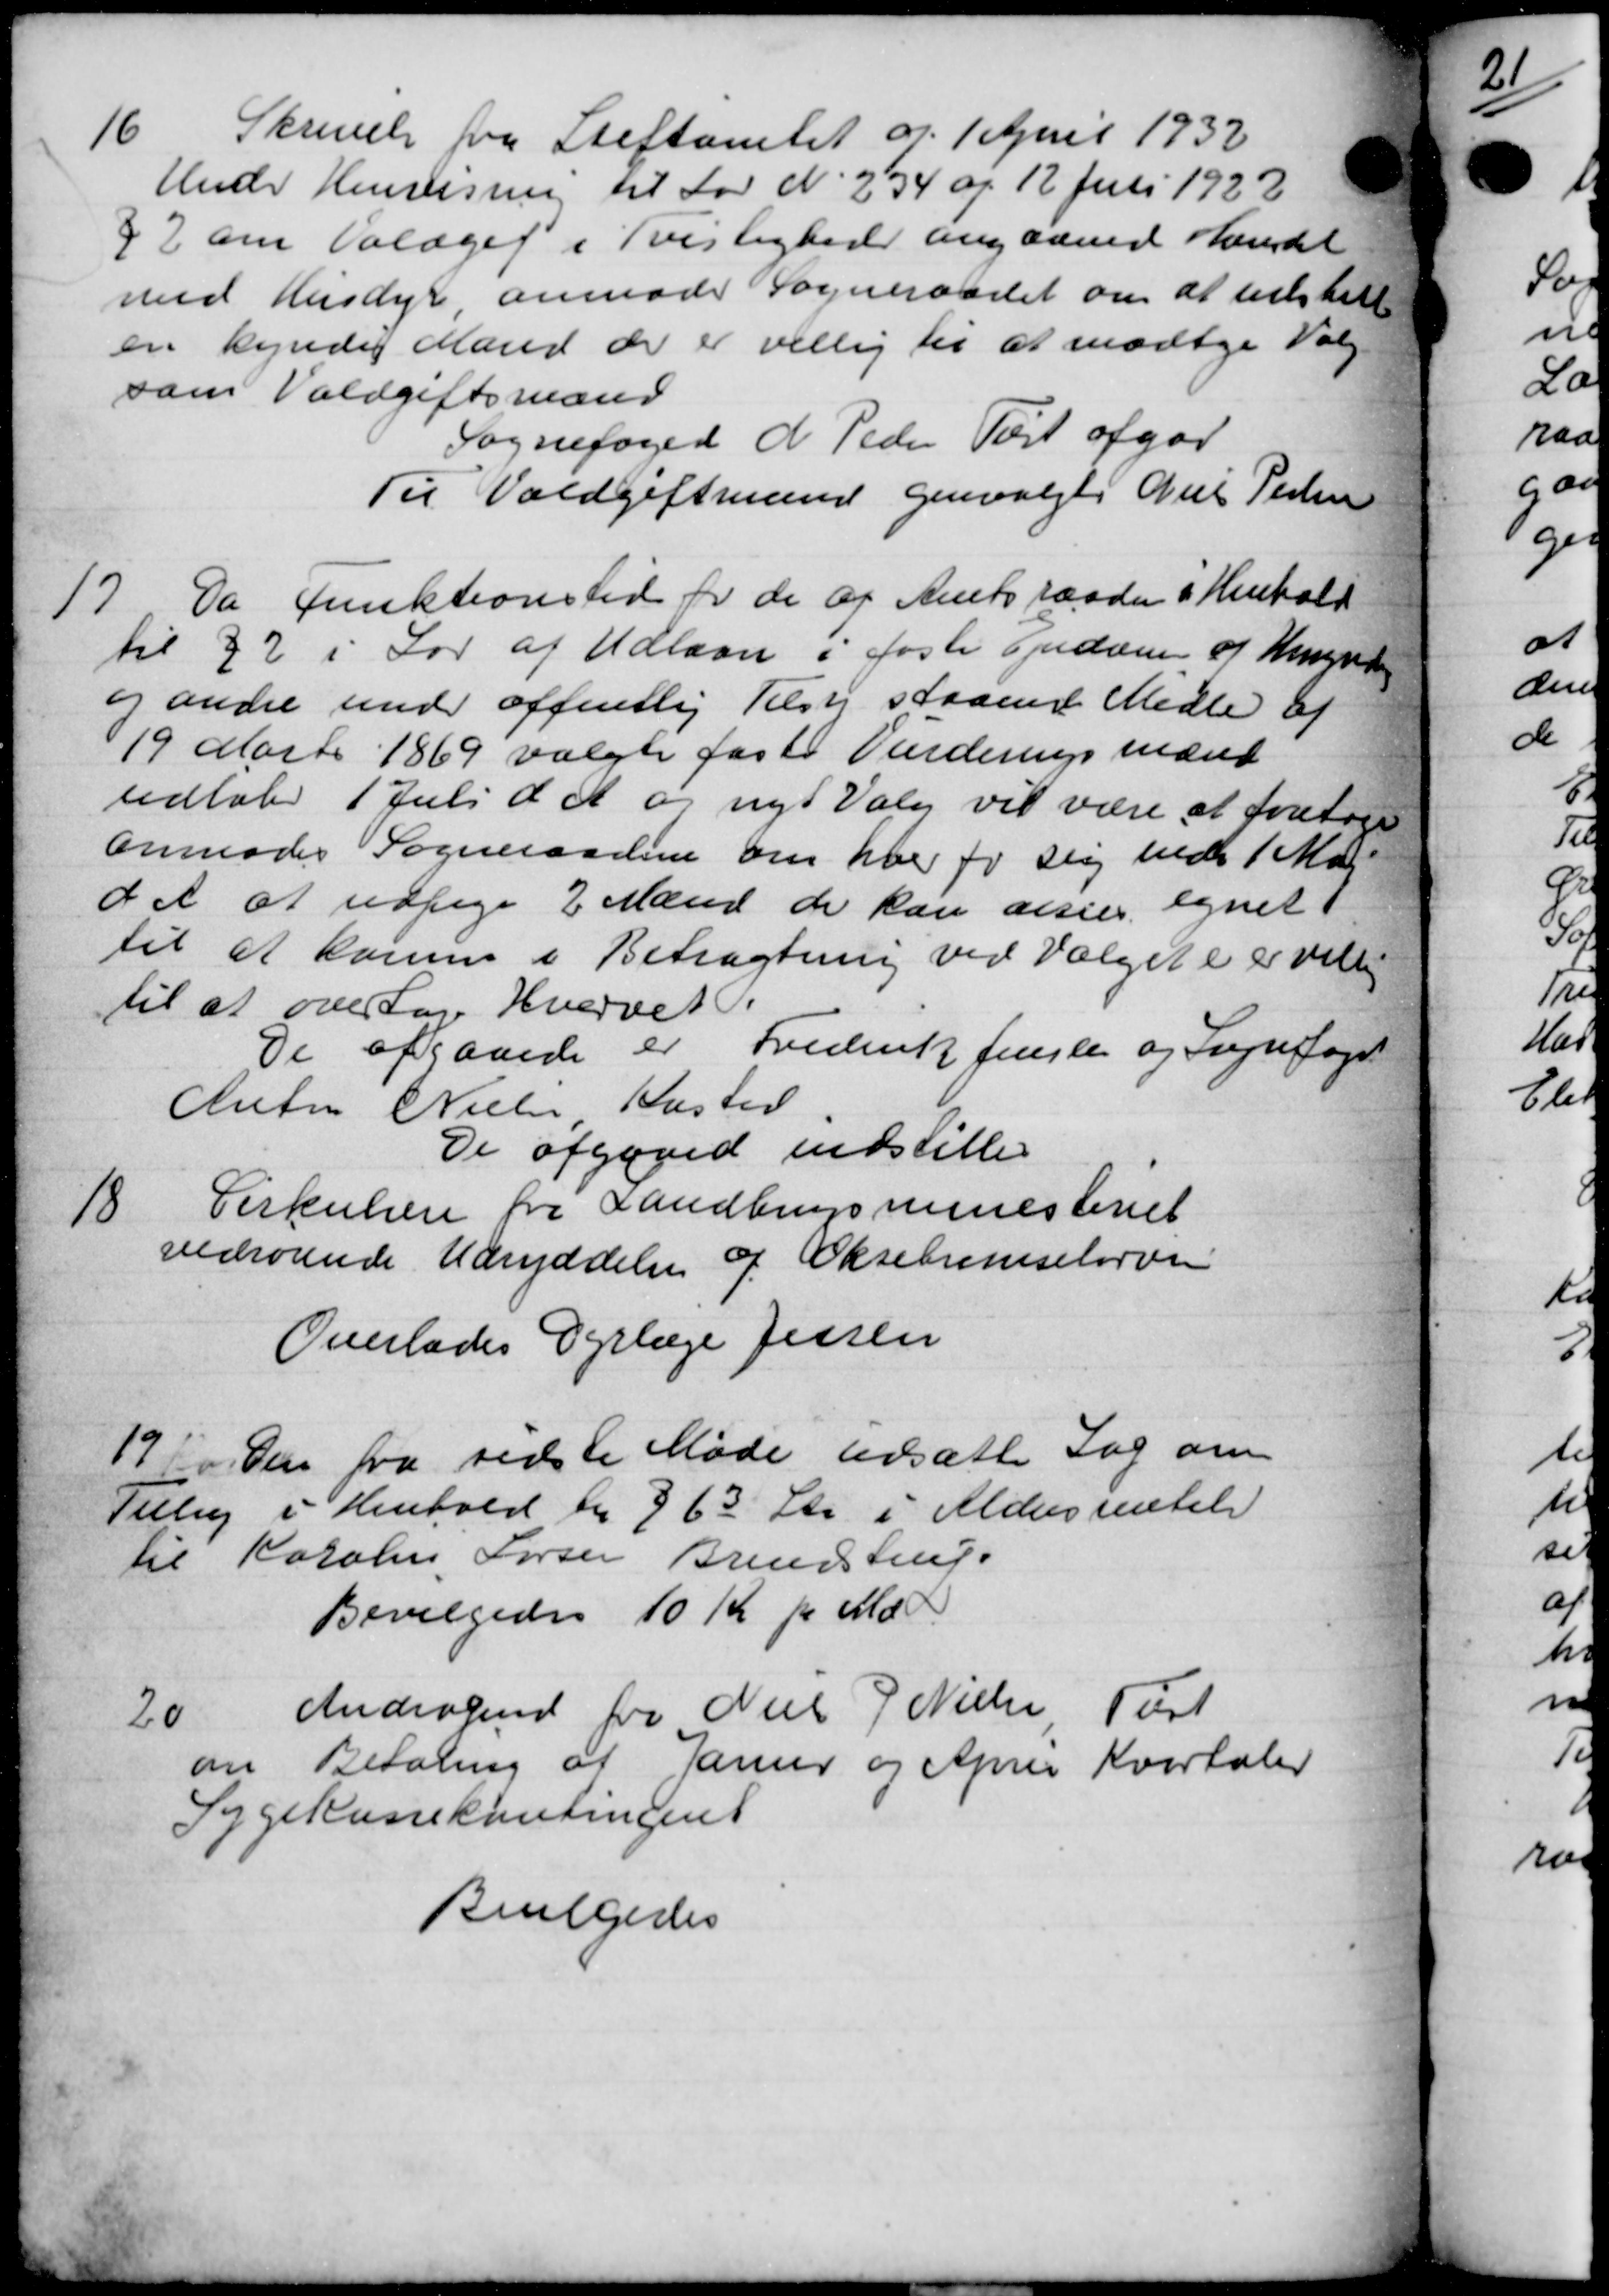
Transskription:
16
Skrivelse fra Stiftamtet og 1 April 1932
Hude Henvisning til Lov N. 234 af 12 Juli 1922
§ 7 om Valget i Tvislighed angaaende hendet
med Husdyr anmoder Sogneraadet om at udstille
en kyndig Mand der er villig til at modtage Valg
som Voldgiftsmand
Sognefoged N. Peder Tort afgør
Til Voldgiftmænd genvalgt Niels Pedersen
17.
Da funktionstid for de af Amtsraadet i Henhold
til 22 i Lov af Udlaan i faste Opdæm af Hegnede
og andre under offentlig Tilsy staaende Medle af
19 Marts 1869 valgte faste Vurderingsmænd
udløb 1 Juli d. A. og nyt Valg vil være at foretage
Anmoder Sogneraadene om hver for sig ind 1 Ma
d A at udsige 2 Mænd de kan desies egnet
til at komme i Betragtning ved Valget er er ville
til at overtage Hvervet P.
De afgaaede er Frederik Jensle og Sognefoged
Anton Nielsen Kasted
De afgaaed indstille
18
Cirkulære fra Landbrugsministeriet
vedrørende Udryddelse af Oksebremselarver
Overlades Dyrlæge Jessen
19
den fra sidste Møde udsætte Sag om
Tilly i Henhold til § 63 Stk i Aldersrentel
til Karolin, Larsen Brendstrup
Bevilgedes 10 Kr pr Md
20
Andragende fra Niels J. Nielsen Port
om Betaling af Janur og April Kvartaler
Sygekassekontingent
Bevilgedes